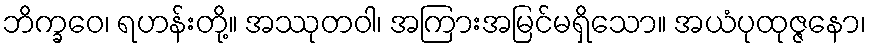
ဘိက္ခဝေ၊ ရဟန်းတို့။ အဿုတဝါ၊ အကြားအမြင်မရှိသော။ အယံပုထုဇ္ဇနော၊